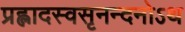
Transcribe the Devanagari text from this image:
प्रह्लादस्वसृनन्दनोऽथ